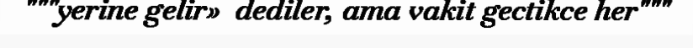
"""yerine gelir»  dediler, ama vakit gectikce her"""